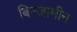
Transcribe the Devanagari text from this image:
बिन्जामीन